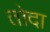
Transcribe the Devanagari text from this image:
तोदा